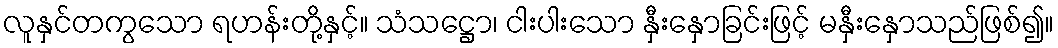
လူနှင်တကွသော ရဟန်းတို့နှင့်။ သံသဋ္ဌော၊ ငါးပါးသော နှီးနှောခြင်းဖြင့် မနှီးနှောသည်ဖြစ်၍။